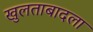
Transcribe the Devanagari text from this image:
खुलताबादला